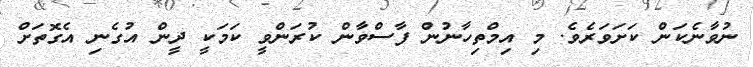
ނުވާނެކަން ކަށަވަރެވެ. މި އިމްތިހާނުން ފާސްވާން ކުރަންވީ ކަމަކީ ދީން އުގެނި އެގޮތަށް